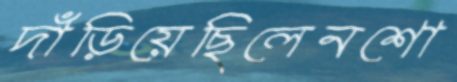
দাঁড়িয়েছিলেনশো